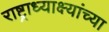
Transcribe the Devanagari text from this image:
राष्ट्राध्याक्ष्यांच्या